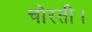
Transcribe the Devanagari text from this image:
चोरती।